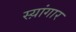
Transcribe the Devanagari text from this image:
स्य़ांगार